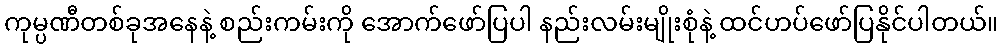
ကုမ္ပဏီတစ်ခုအနေနဲ့ စည်းကမ်းကို အောက်ဖော်ပြပါ နည်းလမ်းမျိုးစုံနဲ့ ထင်ဟပ်ဖော်ပြနိုင်ပါတယ်။